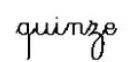
quinze